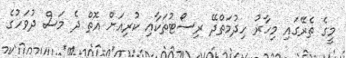
މީގެ ތެރޭގައި މިހާރު ހިދުމަތްދޭ ރިސޯޓުތަކާއި ކުރިއަށް އޮތް ދެ މަސް ދުވަހުގެ